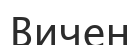
Вичен